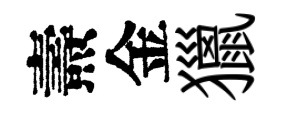
燾金獵